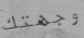
وجهتك